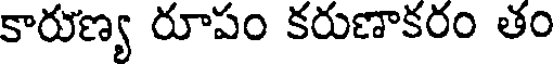
కారుణ్య రూపం కరుణాకరం తం